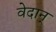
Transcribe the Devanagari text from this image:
वेदान्